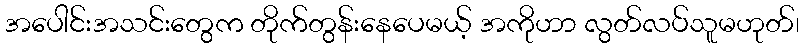
အပေါင်းအသင်းတွေက တိုက်တွန်းနေပေမယ့် အကိုဟာ လွတ်လပ်သူမဟုတ်၊